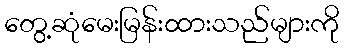
တွေ့ဆုံမေးမြန်းထားသည်များကို